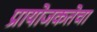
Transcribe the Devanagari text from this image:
प्रायोजकतेचा